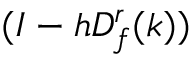
( I - h D _ { f } ^ { r } ( k ) )